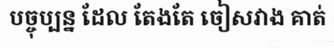
បច្ចុប្បន្ន ដែល តែងតែ ចៀសវាង គាត់